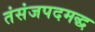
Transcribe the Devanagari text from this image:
तंसंजपदमद्ध